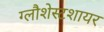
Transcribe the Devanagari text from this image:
ग्लौशेस्टशायर